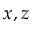
x , z